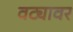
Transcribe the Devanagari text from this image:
वट्यावर